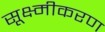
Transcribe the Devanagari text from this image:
सूक्ष्मीकरण